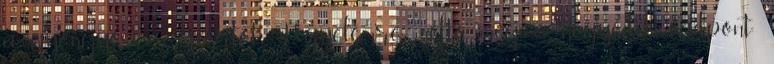
a gyöngyösi csoportot. Figyelemre méltó még a negyedik vádpont: